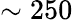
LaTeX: \sim 250